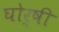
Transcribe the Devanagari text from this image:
घोर्षी